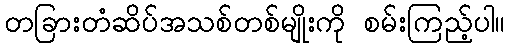
တခြားတံဆိပ်အသစ်တစ်မျိုးကို စမ်းကြည့်ပါ။